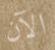
الآن